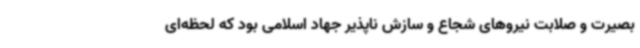
بصیرت و صلابت نیروهای شجاع و سازش ناپذیر جهاد اسلامی بود که لحظه‌ای